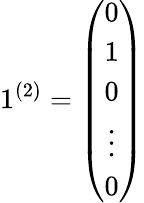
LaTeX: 1^{(2)}=\left(\begin{array}{c}{{0}}\\ {{1}}\\ {{0}}\\ {{\vdots}}\\ {{0}}\end{array}\right)